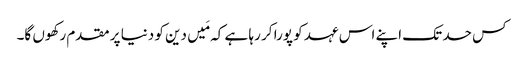
کس حد تک اپنے اس عہد کو پورا کر رہا ہے کہ مَیں دین کو دنیا پر مقدم رکھوں گا۔